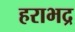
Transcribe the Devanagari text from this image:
हराभद्र